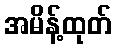
အမိန့်ထုတ်